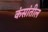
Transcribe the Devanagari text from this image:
कंसांतील